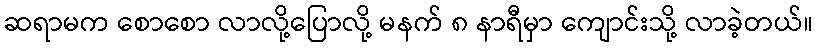
ဆရာမက စောစော လာလို့ပြောလို့ မနက် ၈ နာရီမှာ ကျောင်းသို့ လာခဲ့တယ်။